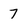
Character: 7